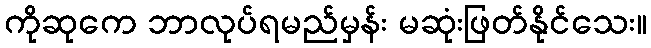
ကိုဆုကေ ဘာလုပ်ရမည်မှန်း မဆုံးဖြတ်နိုင်သေး။